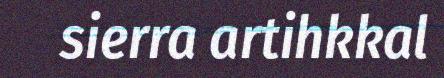
sierra artihkkal